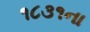
૧૮૩૧ના